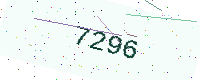
Text: 7296